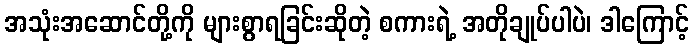
အသုံးအဆောင်တို့ကို များစွာရခြင်းဆိုတဲ့ စကားရဲ့ အတိုချုပ်ပါပဲ၊ ဒါကြောင့်